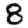
Digit: 8